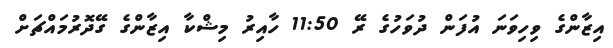
އިޒާންގެ ވިހިވަނަ އުފަން ދުވަހުގެ ރޭ 11:50 ހާއިރު މިޝްކާ އިޒާންގެ ގޭދޮރުމައްޗަށް